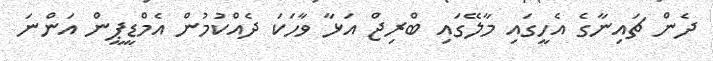
ދެން ޗައިނާގެ އެހީގައި މާލޭގައި ބްރިޖް އަޅާ ވާހަކަ ދެއްކުމުން އެމްޑީޕީން އަންނަ